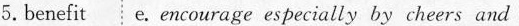
5. benefit e. encourage especi cheers and